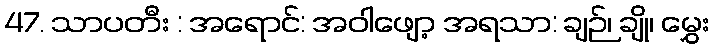
47. သာပတီး : အရောင်: အဝါဖျော့ အရသာ: ချဉ်၊ ချို၊ မွှေး